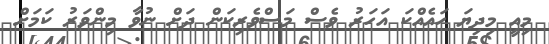
މިއީ މިދިޔަ ހައެއްކަ އަހަރު ވެސް މަސްވެރިކަން ދަށް ނުވާ މިންވަރު ކަމަށް